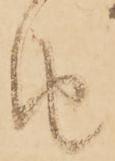
由